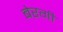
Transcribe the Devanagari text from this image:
बेरगी